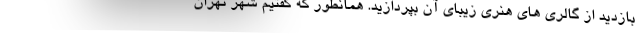
بازدید از گالری های هنری زیبای آن بپردازید. همانطور که گفتیم شهر تهران